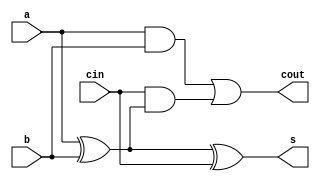
`timescale 1ns / 1ps
//////////////////////////////////////////////////////////////////////////////////
// Company: 
// Engineer: 
// 
// Design Name: 
// Module Name: full_adder
// Project Name: 
// Target Devices: 
// Tool Versions: 
// Description: 
// 
// Dependencies: 
// 
// Revision:
// Revision 0.01 - File Created
// Additional Comments:
// 
//////////////////////////////////////////////////////////////////////////////////


module full_adder(
    input a, b, cin,
    output s, cout
    );
    
    assign s = a ^ b ^ cin;
    assign cout = (a & b) | (cin & (a ^ b));

endmodule